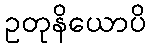
ဥတုနိယောပိ